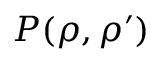
P ( \rho , \rho ^ { \prime } )